Report on vaccination in Madras 1904-1921 - 1904-1921
Year: 1904
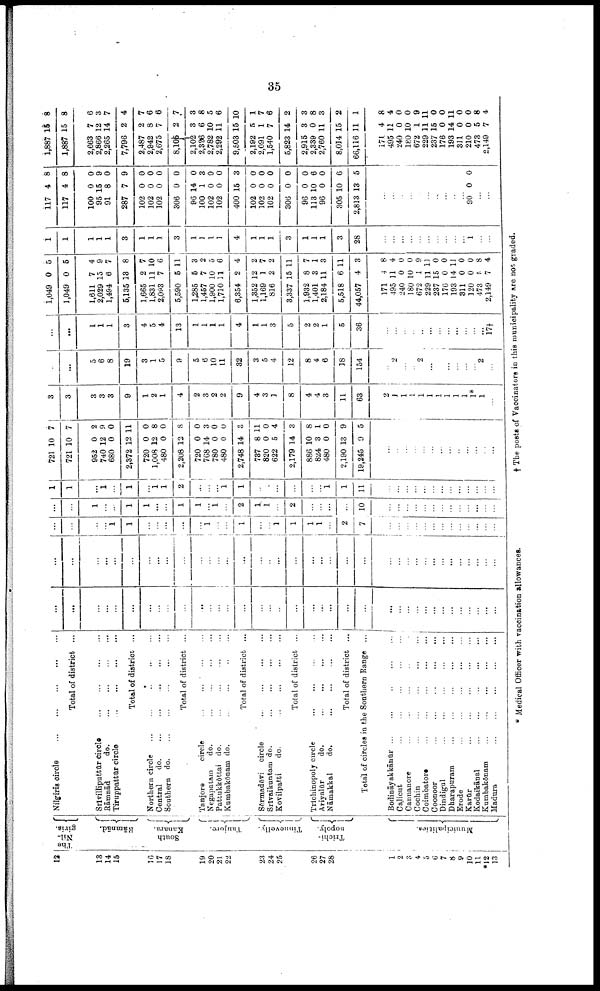
35
12
13
14
15
16
17
18
19
20
21
22
23
24
25
26
27
28
1
2
3
4
5
6
7
8
9
10
11
*12
13
The
Nil¬
giris.
Rāmnād.
South
Kanara.
Tanjore.
Tinnevelly.
Trichi¬
nopoly.
Municipalities.
Nilgiris circle
...
...
...
Total of district ...
Srivilliputtūr circle
...
...
...
...
Rāmnād
do.
...
...
...
...
Tiruppattūr circle
...
...
...
...
Total of district ...
Northern circle ... ... ... ... ...
Central
do
...
...
...
...
...
Southern
do.
...
...
...
...
...
Total of district ...
Tanjore
circle
...
...
...
...
Negapatam
do.
...
...
...
...
Pattukkōttai do.
...
...
...
...
Kumbakōnam do.
...
...
...
...
Total of district ...
Sērmadēvi circle ... ... ... ...
Srīvaikuntam do.
...
...
...
...
Kovilpatti
do.
...
...
...
...
Total of district ...
Trichinopoly circle
...
...
...
...
Ariyalūr
do.
...
...
...
...
Nāmakkal
do. ... ... ... ...
Total of district ...
Total of circles in the Southern Range ...
Bodināyakkānūr
...
...
...
...
...
Calicut ... ... ... ... ...
Cannanore ... ... ... ... ...
Cochin ... ... ... ... ...
Coimbatore
...
...
...
...
...
Coonoor ... ... ... ... ...
Dindigul
...
...
...
...
...
Dharapuram ... ... ... ... ...
Erode
...
...
...
...
...
Karūr ... ... ... ... ...
Kodaikānal ... ... ... ... ...
Kumbakōnam
...
...
...
...
...
Madura ... ... ... ... ...
...
...
...
...
...
...
...
...
...
...
...
...
...
...
...
...
...
...
...
...
...
...
...
...
...
...
...
...
...
...
...
...
...
...
...
...
...
...
...
...
...
...
...
...
...
...
...
...
...
...
...
...
...
...
...
...
...
...
...
...
...
...
...
...
...
...
...
...
...
...
...
...
...
...
...
...
...
1
1
...
...
...
...
...
1
...
...
...
...
...
1
1
1
1
...
2
7
...
...
...
...
...
...
...
...
...
...
...
...
...
...
...
1
...
...
1
1
...
...
1
1
...
1
...
2
1
1
...
2
...
...
...
...
10
...
...
...
...
...
...
...
...
...
...
...
...
...
1
1
...
1
...
1
...
1
1
2
...
...
...
1
1
...
...
...
...
...
1
1
11
...
...
...
...
...
...
...
...
...
...
...
...
...
721
721
952
740
680
2,372
720
1,008
480
2,208
720
768
780
480
2,748
737
820
622
2,179
886
824
480
2,190
19,245
10
10
0
12
0
12
0
12
0
12
0
14
0
0
14
8
0
5
14
10
3
0
13
9
7
7
2
9
0
11
0
8
0
8
0
3
0
0
3
11
0
4
3
8
1
0
9
5
...
...
...
...
...
...
...
...
...
...
...
...
...
3
3
3
3
3
9
1
2
1
4
2
3
2
2
9
4
3
1
8
4
4
3
11
63
2
1
1
1
1
1
1
1
1
1
1*
1
...
...
...
5
6
8
19
3
1
5
9
5
6
10
11
32
3
5
4
12
8
4
6
18
154
...
2
...
...
2
...
...
...
...
...
...
2
...
...
...
1
1
1
3
4
5
4
13
1
1
1
1
4
1
1
3
5
2
2
1
5
36
...
...
...
...
...
...
...
...
...
...
...
...
17†
1,049
1,049
1,611
2,029
1,494
5,135
1,665
1,831
2,093
5,590
1,285
1,457
1,900
1,710
6,354
1,352
1,169
816
3,337
1,932
1,401
2,184
5,518
44,057
171
495
240
180
672
229
237
176
193
311
120
473
2,149
0
0
7
15
6
13
2
11
7
5
5
7
10
11
2
12
1
2
15
8
3
11
6
4
4
11
0
10
1
11
15
0
14
0
0
5
7
5
5
4
9
7
8
7
10
6
11
3
2
5
6
4
2
7
2
11
7
1
3
11
3
8
4
0
0
9
11
0
0
11
0
0
8
4
1
1
1
1
1
3
1
1
1
3
1
1
1
1
4
1
1
1
3
1
1
1
3
28
...
...
...
...
...
...
...
...
...
...
1
...
...
117
117
100
95
91
287
102
102
102
306
96
100
102
102
400
102
102
102
306
96
113
96
305
2,813
4
4
0
15
8
7
0
0
0
0
14
1
0
0
15
0
0
0
0
0
10
0
10
13
8
8
0
9
0
9
0
0
0
0
0
3
0
0
3
0
0
0
0
0
6
0
6
5
...
...
...
...
...
...
...
...
...
...
90 0 0
...
1,887
1,887
2,663
2,866
2,265
7,796
2,487
2,942
2,675
8,105
2,102
2,326
2,782
2,292
9,503
2,192
2,091
1,540
5,823
2,915
2,339
2,760
8,014
66,116
171
495
240
180
672
229
237
176
193
311
210
473
2,149
15
15
7
12
14
2
2
8
7
2
3
6
10
11
15
5
1
7
14
3
0
11
15
11
4
11
0
10
1
11
15
0
14
0
0
5
7
8
8
6
3
7
4
7
6
6
7
3
8
5
6
10
1
7
6
2
3
8
3
2
1
8
4
0
0
9
11
0
0
11
0
0
8
4
* Medical Officer with vaccination allowances.
† The posts of Vaccinators in this municipality are not graded.